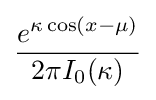
{\frac {e^{\kappa \cos(x-\mu )}}{2\pi I_{0}(\kappa )}}